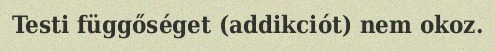
Testi függőséget (addikciót) nem okoz.